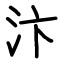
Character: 汴